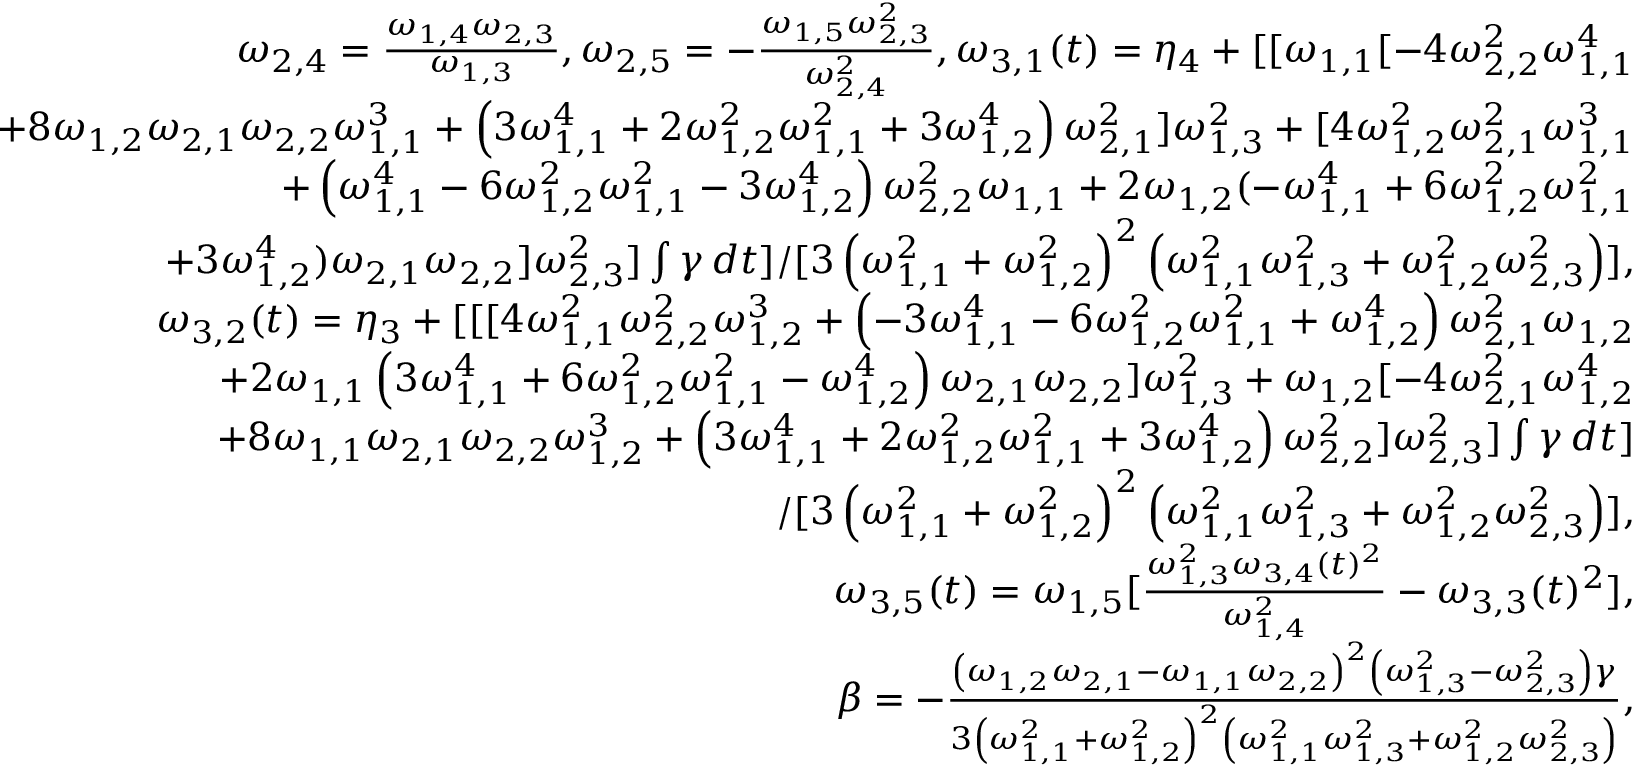
\begin{array} { r l r } & { } & { \omega _ { 2 , 4 } = \frac { \omega _ { 1 , 4 } \omega _ { 2 , 3 } } { \omega _ { 1 , 3 } } , \omega _ { 2 , 5 } = - \frac { \omega _ { 1 , 5 } \omega _ { 2 , 3 } ^ { 2 } } { \omega _ { 2 , 4 } ^ { 2 } } , \omega _ { 3 , 1 } ( t ) = \eta _ { 4 } + [ [ \omega _ { 1 , 1 } [ - 4 \omega _ { 2 , 2 } ^ { 2 } \omega _ { 1 , 1 } ^ { 4 } } \\ & { } & { + 8 \omega _ { 1 , 2 } \omega _ { 2 , 1 } \omega _ { 2 , 2 } \omega _ { 1 , 1 } ^ { 3 } + \left( 3 \omega _ { 1 , 1 } ^ { 4 } + 2 \omega _ { 1 , 2 } ^ { 2 } \omega _ { 1 , 1 } ^ { 2 } + 3 \omega _ { 1 , 2 } ^ { 4 } \right) \omega _ { 2 , 1 } ^ { 2 } ] \omega _ { 1 , 3 } ^ { 2 } + [ 4 \omega _ { 1 , 2 } ^ { 2 } \omega _ { 2 , 1 } ^ { 2 } \omega _ { 1 , 1 } ^ { 3 } } \\ & { } & { + \left( \omega _ { 1 , 1 } ^ { 4 } - 6 \omega _ { 1 , 2 } ^ { 2 } \omega _ { 1 , 1 } ^ { 2 } - 3 \omega _ { 1 , 2 } ^ { 4 } \right) \omega _ { 2 , 2 } ^ { 2 } \omega _ { 1 , 1 } + 2 \omega _ { 1 , 2 } ( - \omega _ { 1 , 1 } ^ { 4 } + 6 \omega _ { 1 , 2 } ^ { 2 } \omega _ { 1 , 1 } ^ { 2 } } \\ & { } & { + 3 \omega _ { 1 , 2 } ^ { 4 } ) \omega _ { 2 , 1 } \omega _ { 2 , 2 } ] \omega _ { 2 , 3 } ^ { 2 } ] \int \gamma \, d t ] / [ 3 \left( \omega _ { 1 , 1 } ^ { 2 } + \omega _ { 1 , 2 } ^ { 2 } \right) ^ { 2 } \left( \omega _ { 1 , 1 } ^ { 2 } \omega _ { 1 , 3 } ^ { 2 } + \omega _ { 1 , 2 } ^ { 2 } \omega _ { 2 , 3 } ^ { 2 } \right) ] , } \\ & { } & { \omega _ { 3 , 2 } ( t ) = \eta _ { 3 } + [ [ [ 4 \omega _ { 1 , 1 } ^ { 2 } \omega _ { 2 , 2 } ^ { 2 } \omega _ { 1 , 2 } ^ { 3 } + \left( - 3 \omega _ { 1 , 1 } ^ { 4 } - 6 \omega _ { 1 , 2 } ^ { 2 } \omega _ { 1 , 1 } ^ { 2 } + \omega _ { 1 , 2 } ^ { 4 } \right) \omega _ { 2 , 1 } ^ { 2 } \omega _ { 1 , 2 } } \\ & { } & { + 2 \omega _ { 1 , 1 } \left( 3 \omega _ { 1 , 1 } ^ { 4 } + 6 \omega _ { 1 , 2 } ^ { 2 } \omega _ { 1 , 1 } ^ { 2 } - \omega _ { 1 , 2 } ^ { 4 } \right) \omega _ { 2 , 1 } \omega _ { 2 , 2 } ] \omega _ { 1 , 3 } ^ { 2 } + \omega _ { 1 , 2 } [ - 4 \omega _ { 2 , 1 } ^ { 2 } \omega _ { 1 , 2 } ^ { 4 } } \\ & { } & { + 8 \omega _ { 1 , 1 } \omega _ { 2 , 1 } \omega _ { 2 , 2 } \omega _ { 1 , 2 } ^ { 3 } + \left( 3 \omega _ { 1 , 1 } ^ { 4 } + 2 \omega _ { 1 , 2 } ^ { 2 } \omega _ { 1 , 1 } ^ { 2 } + 3 \omega _ { 1 , 2 } ^ { 4 } \right) \omega _ { 2 , 2 } ^ { 2 } ] \omega _ { 2 , 3 } ^ { 2 } ] \int \gamma \, d t ] } \\ & { } & { / [ 3 \left( \omega _ { 1 , 1 } ^ { 2 } + \omega _ { 1 , 2 } ^ { 2 } \right) ^ { 2 } \left( \omega _ { 1 , 1 } ^ { 2 } \omega _ { 1 , 3 } ^ { 2 } + \omega _ { 1 , 2 } ^ { 2 } \omega _ { 2 , 3 } ^ { 2 } \right) ] , } \\ & { } & { \omega _ { 3 , 5 } ( t ) = \omega _ { 1 , 5 } [ \frac { \omega _ { 1 , 3 } ^ { 2 } \omega _ { 3 , 4 } ( t ) ^ { 2 } } { \omega _ { 1 , 4 } ^ { 2 } } - \omega _ { 3 , 3 } ( t ) ^ { 2 } ] , } \\ & { } & { \beta = - \frac { \left( \omega _ { 1 , 2 } \omega _ { 2 , 1 } - \omega _ { 1 , 1 } \omega _ { 2 , 2 } \right) ^ { 2 } \left( \omega _ { 1 , 3 } ^ { 2 } - \omega _ { 2 , 3 } ^ { 2 } \right) \gamma } { 3 \left( \omega _ { 1 , 1 } ^ { 2 } + \omega _ { 1 , 2 } ^ { 2 } \right) ^ { 2 } \left( \omega _ { 1 , 1 } ^ { 2 } \omega _ { 1 , 3 } ^ { 2 } + \omega _ { 1 , 2 } ^ { 2 } \omega _ { 2 , 3 } ^ { 2 } \right) } , } \end{array}